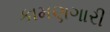
કામણગારી